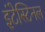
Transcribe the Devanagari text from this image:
इंटेस्टिनल